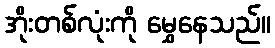
အိုးတစ်လုံးကို မွှေနေသည်။